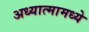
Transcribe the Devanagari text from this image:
अध्यात्मामध्ये